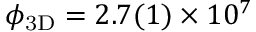
\ensuremath { \phi _ { \mathrm { 3 D } } } = 2 . 7 ( 1 ) \times 1 0 ^ { 7 }